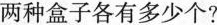
两种盒子各有多少个?